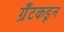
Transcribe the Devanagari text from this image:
ग्रँटकडून